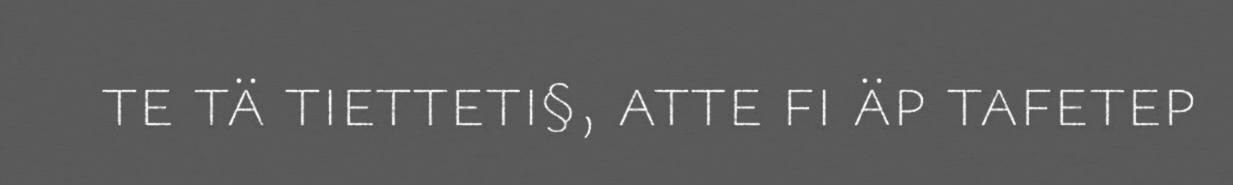
te tä tietteti§, atte fi äp tafetep